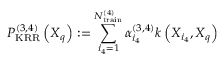
P _ { \mathrm { K R R } } ^ { ( 3 , 4 ) } \left( \boldsymbol { X } _ { q } \right) : = \sum _ { i _ { 4 } = 1 } ^ { N _ { \mathrm { t r a i n } } ^ { ( 4 ) } } \alpha _ { i _ { 4 } } ^ { ( 3 , 4 ) } k \left( \boldsymbol { X } _ { i _ { 4 } } , \boldsymbol { X } _ { q } \right)